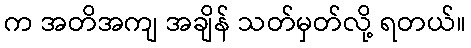
က အတိအကျ အချိန် သတ်မှတ်လို့ ရတယ်။